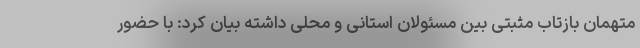
متهمان بازتاب مثبتی بین مسئولان استانی و محلی داشته بیان کرد: با حضور